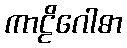
ကာဠိဂေါဓာ